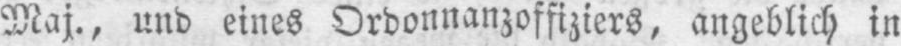
Maj., und eines Ordonnanzoffiziers, angeblich in